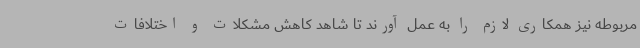
مربوطه نیز همکاری لازم را به عمل آورند تا شاهد کاهش مشکلات و اختلافات